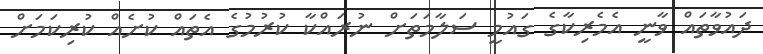
ދައުވާތައް ވާނީ އެމެރިކާގެ ގައުމީ ސަލާމަތަށް ނުރައްކާ ކުރުމުގެ އެތައް ކުށެއް ކުރިކަމަށް